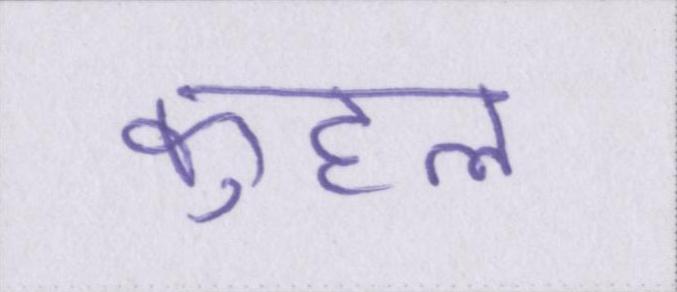
कुहल